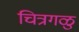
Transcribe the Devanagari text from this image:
चित्रगळु